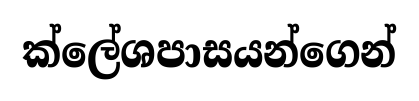
ක්ලේශපාසයන්ගෙන්